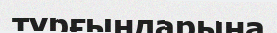
тұрғындарына